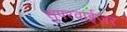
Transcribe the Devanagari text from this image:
सुपरवाईजर